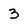
Character: 3